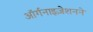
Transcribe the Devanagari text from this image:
ऑर्गनाइज़ेशनने